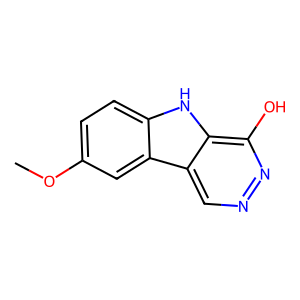
SMILES: COc1ccc2[nH]c3c(O)nncc3c2c1
Inhibits HIV replication: No